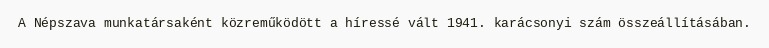
A Népszava munkatársaként közreműködött a híressé vált 1941. karácsonyi szám összeállításában.